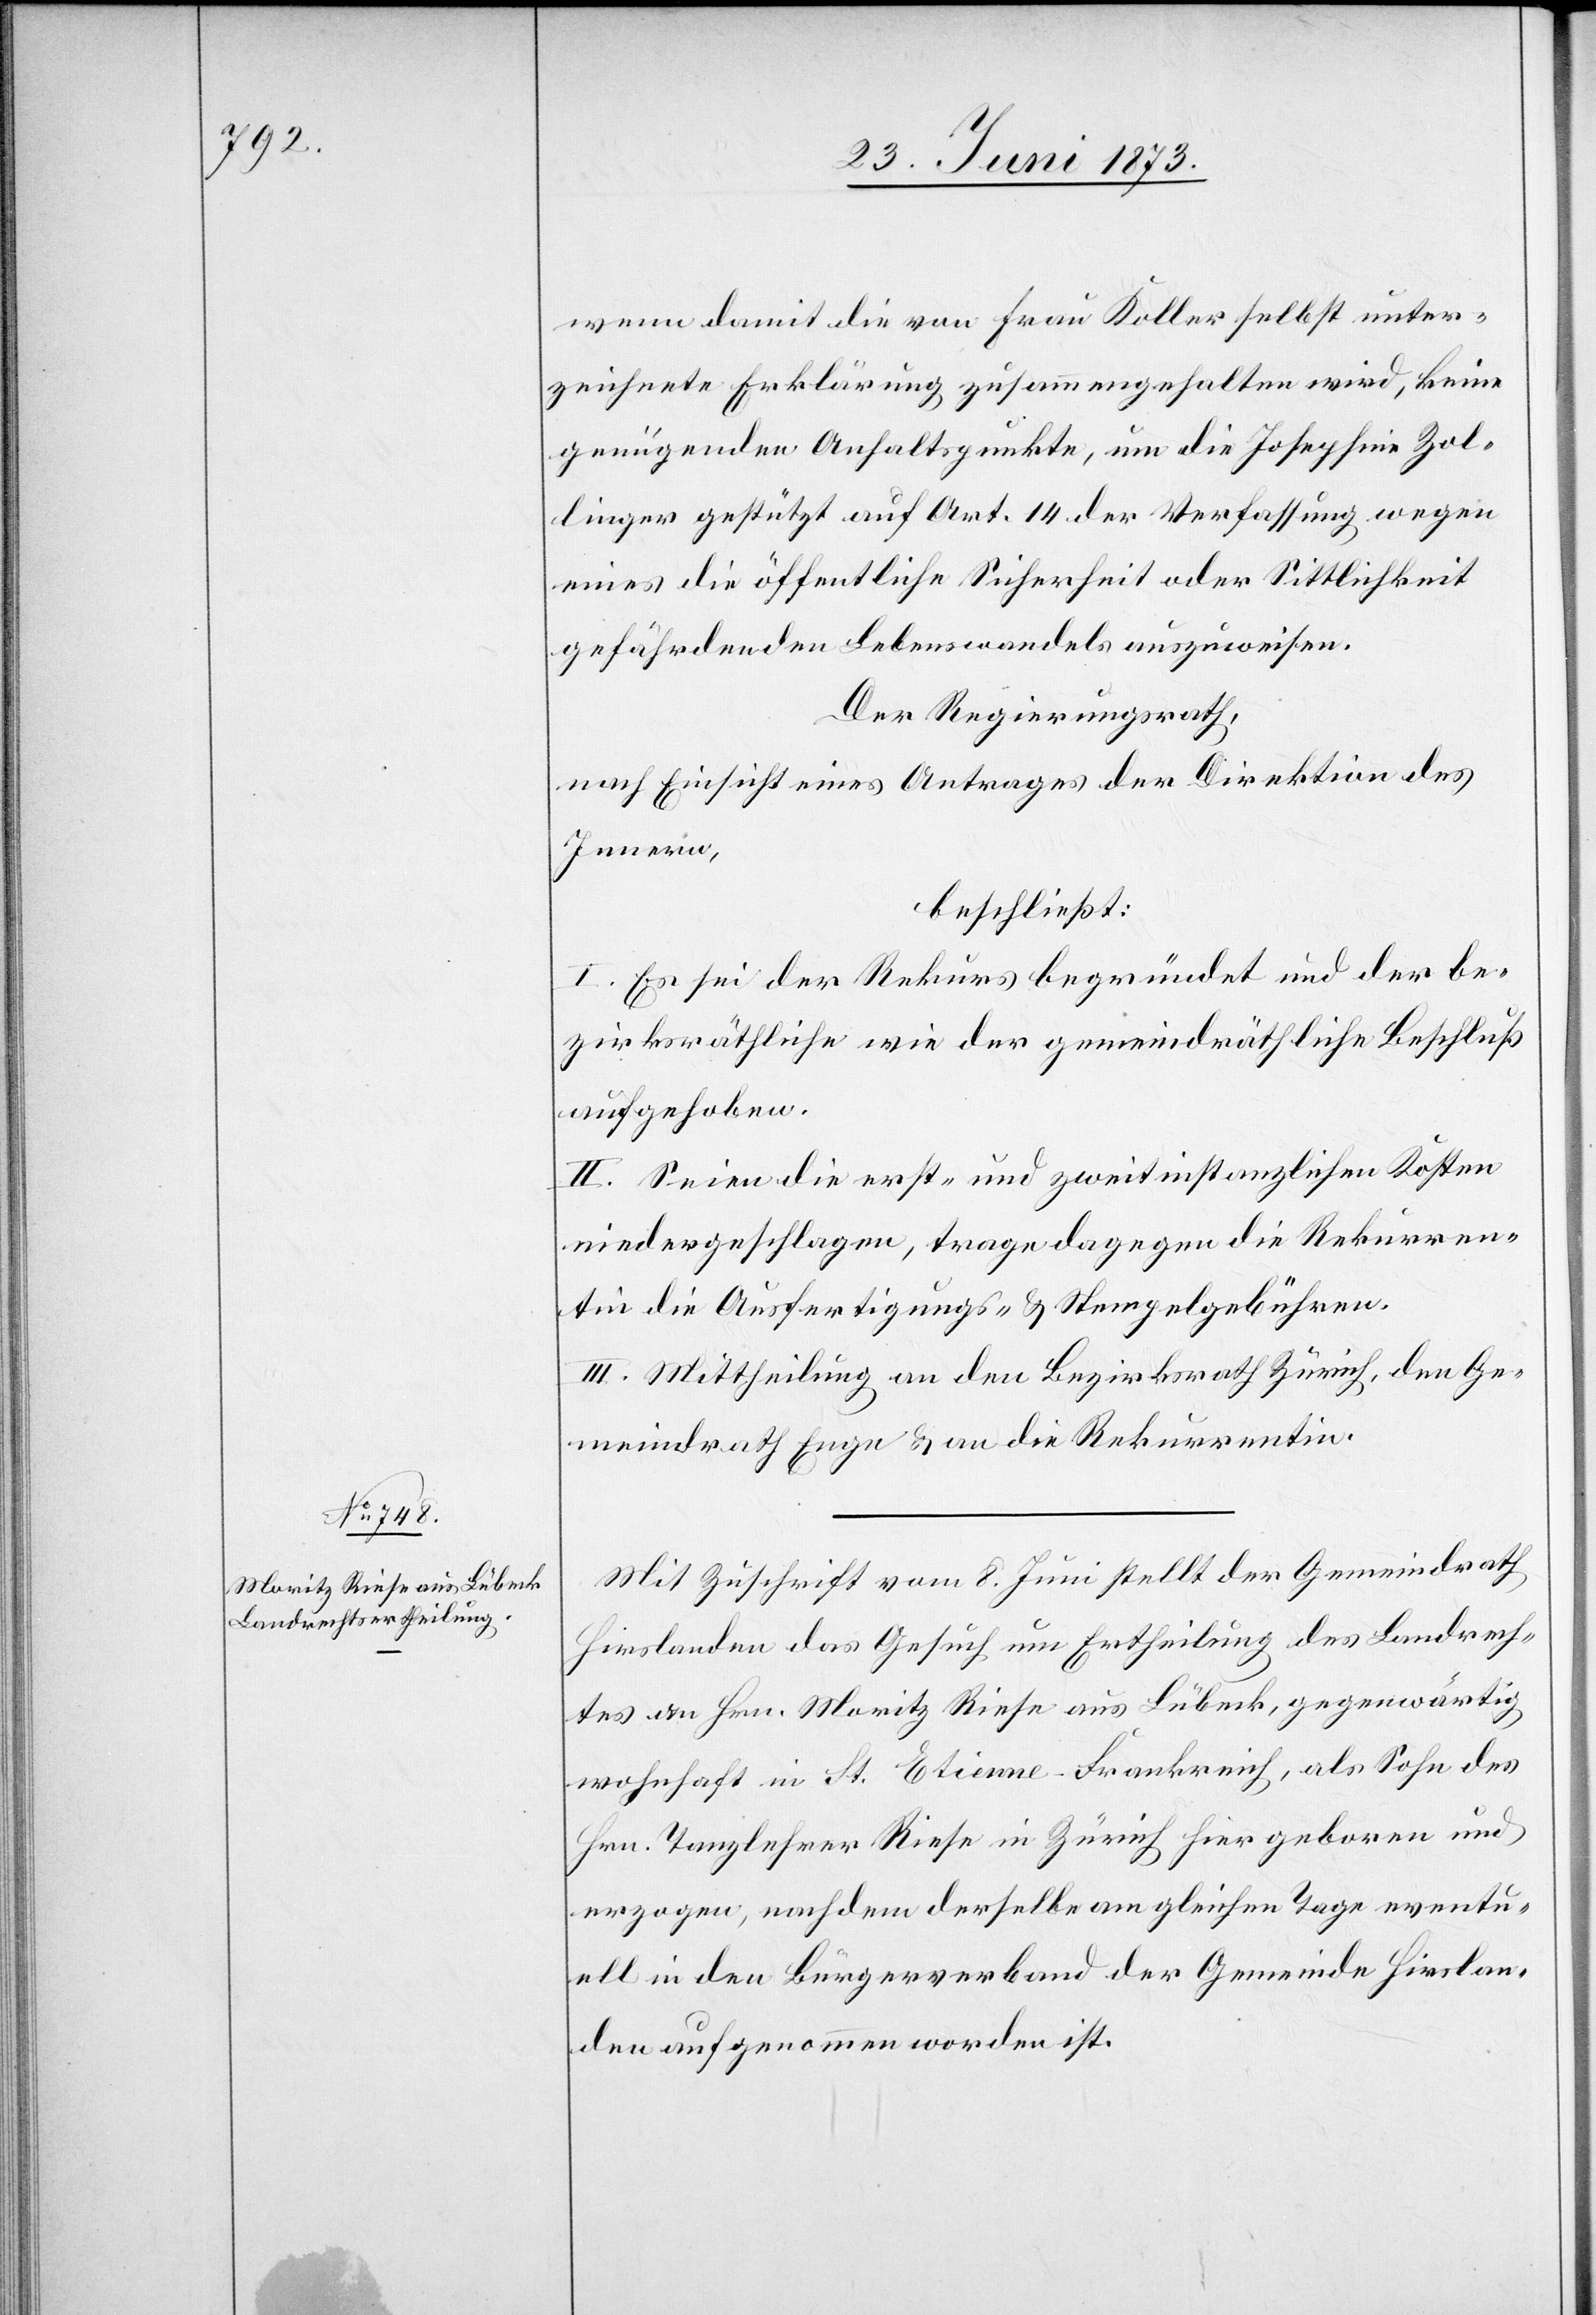
wenn damit die von Frau Koller selbst unter¬
zeichnete Erklärung zusammengehalten wird, keine
genügenden Anhaltspunkte, um die Josephine Zol¬
linger gestützt auf Art. 14 der Verfassung wegen
eines die öffentliche Sicherheit oder Sittlichkeit
gefährdenden Lebenswandels auszuweisen.
Der Regierungsrath,
nach Einsicht eines Antrages der Direktion des
Innern,
beschließt:
I. Es sei der Rekurs begründet und der be¬
zirksräthliche wie der gemeindräthliche Beschluß
aufgehoben.
II. Seien die erst- und zweitinstanzlichen Kosten
niedergeschlagen, trage dagegen die Rekurren¬
tin die Ausfertigungs- & Stempelgebühren.
III. Mittheilung an den Bezirksrath Zürich, den Ge¬
meindrath Enge & an die Rekurrentin.
Mit Zuschrift vom 8. Juni stellt der Gemeindrath
Hirslanden das Gesuch um Ertheilung des Landrech¬
tes an Hrn. Moritz Riese aus Lübeck, gegenwärtig
wohnhaft in St. Etienne-Frankreich, als Sohn des
Hrn. Tanzlehrer Riese in Zürich hier geboren und
erzogen, nachdem derselbe am gleichen Tage eventu¬
ell in den Bürgerverband der Gemeinde Hirslan¬
den aufgenommen worden ist.